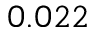
0 . 0 2 2